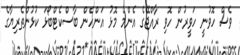
ވެސް ހޮވުނީ ހަވީރުން ހޮވި ރާއްޖޭގެ އެންމެ މޮޅު އަންހެން ބާސްކެޓްބޯޅަ ކުޅުންތެރިޔާގެ